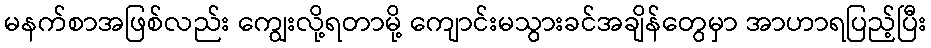
မနက်စာအဖြစ်လည်း ကျွေးလို့ရတာမို့ ကျောင်းမသွားခင်အချိန်တွေမှာ အာဟာရပြည့်ပြီး